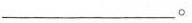
___。